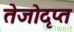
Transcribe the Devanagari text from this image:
तेजोदृप्त